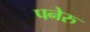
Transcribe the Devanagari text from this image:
पनेरु